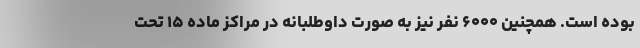
بوده است. همچنین ۶۰۰۰ نفر نیز به صورت داوطلبانه در مراکز ماده ۱۵ تحت